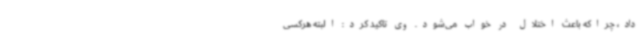
داد، چراکه باعث اختلال در خواب می‌شود. وی تاکید کرد: البته هرکسی